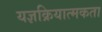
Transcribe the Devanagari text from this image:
यज्ञक्रियात्मकता